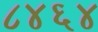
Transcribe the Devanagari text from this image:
८४६४